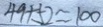
4 9 + 5 2 \approx 1 0 0